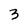
Character: 3